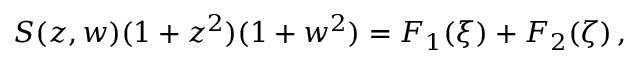
S ( z , w ) ( 1 + z ^ { 2 } ) ( 1 + w ^ { 2 } ) = F _ { 1 } ( \xi ) + F _ { 2 } ( \zeta ) \, ,